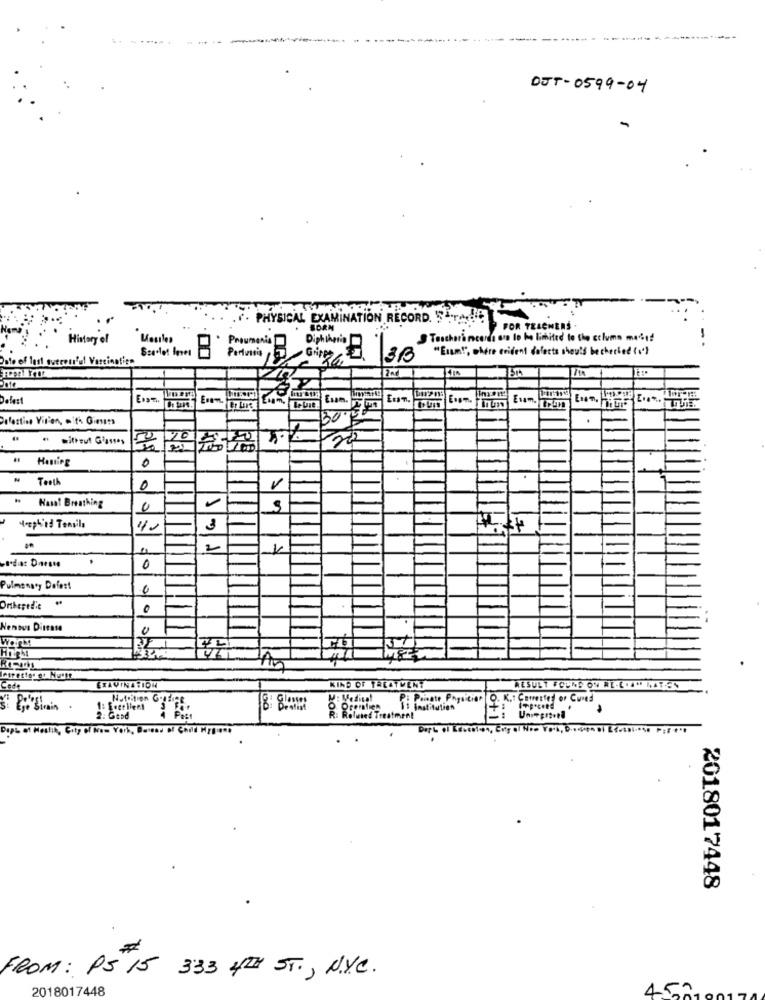
. .
DJT-0599-04
PHYSICAL EXAMINATION RECORD. 5.radiC
FOR TEACHERS .
History of
S Teacher's recorda oro lo he limited to the column medi!
Scarlet Imet
Pneumonia
Diphtheria
"Exam!", where trident dofetts should bechecked (v'}
..
Oste of last tueresr'u! Vascie
often
Date
Defert
Exam.
Eran.
Esam.
Defective Vir'en, . t. Giesam
without Glasses
Hosting
0
Tenth
0
Hasat Breathing
trophis Tensils
3
2
Pulmonary Delest
Nemous Disease
461
etrettes et Nuett
Code
ETAVINATION
KIND OF TREATMENT
RESULT FCUNS ON RE- CYMILATEN
Nutrition Giudice
P: Pensate Pngition
O. K .: Corrected or Cured
si Ese birin
If institution
R: Roland Treatment
0+1
Der L
2018017448
FROM: PS 15 3:33 4TH ST ., N.Y.C.
2018017448
452